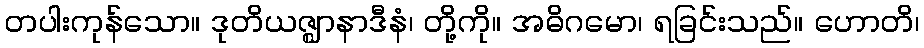
တပါးကုန်သော။ ဒုတိယဇ္ဈာနာဒီနံ၊ တို့ကို။ အဓိဂမော၊ ရခြင်းသည်။ ဟောတိ၊